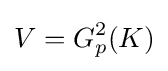
V=G_{p}^{2}(K)